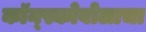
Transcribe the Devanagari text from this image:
कॉन्स्कोवोलाचा